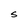
Character: S